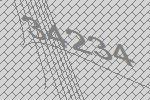
34234